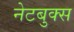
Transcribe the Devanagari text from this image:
नेटबुक्स